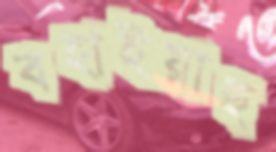
বহাইয়াছ